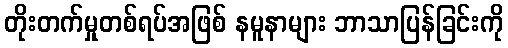
တိုးတက်မှုတစ်ရပ်အဖြစ် နမူနာများ ဘာသာပြန်ခြင်းကို